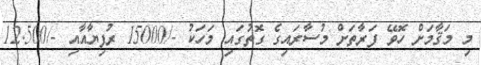
މި މަޤާމަށް ހޮވޭ ފަރާތަށް މުސާރައިގެ ގޮތުގައި މަހަކު -/15000 ރުފިޔާއާއި -/12